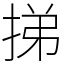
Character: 挮